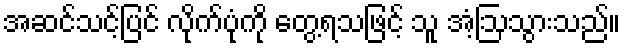
အဆင်သင့်ပြင် လိုက်ပုံကို တွေ့ရသဖြင့် သူ အံ့ဩသွားသည်။